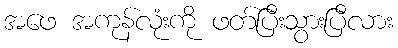
အဖေ အကုန်လုံးကို ဖတ်ပြီးသွားပြီလား